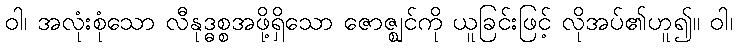
ဝါ၊ အလုံးစုံသော လီနုဒ္ဓစ္စအဖို့ရှိသော ဇောဇ္ဈင်ကို ယူခြင်းဖြင့် လိုအပ်၏ဟူ၍။ ဝါ၊